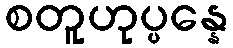
စတူဟုပ္ပန္နေ